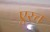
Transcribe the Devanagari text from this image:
एरच